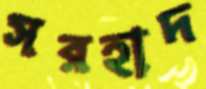
সরহাদ